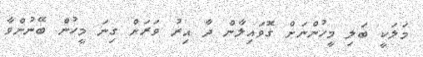
މަލަކީ ބަލި މީހުންނަށް ގޮވައިލާން ދާ އިރު ވަރަށް ގިނަ މީހުން ބޭނުންވާ